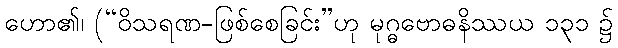
ဟော၏၊ (“ဝိသရဏ-ဖြစ်စေခြင်း”ဟု မုဂ္ဓဗောဓနိဿယ ၁၃၁ ၌